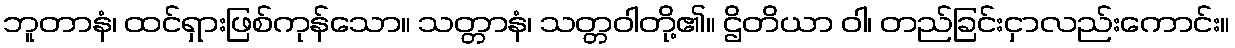
ဘူတာနံ၊ ထင်ရှားဖြစ်ကုန်သော။ သတ္တာနံ၊ သတ္တဝါတို့၏။ ဌိတိယာ ဝါ၊ တည်ခြင်းငှာလည်းကောင်း။